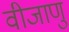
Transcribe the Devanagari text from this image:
वीजाणु